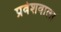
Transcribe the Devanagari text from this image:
प्रवेशवाला